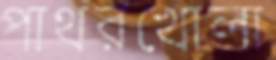
পাথরখোলা